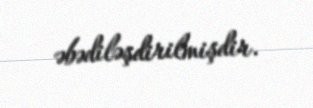
əbədiləşdirilmişdir.